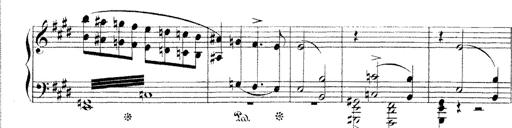
Title: Dem Andenken PetÃ¶fis
Composer: Franz Liszt